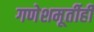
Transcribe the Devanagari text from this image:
गणेशमूर्तीही